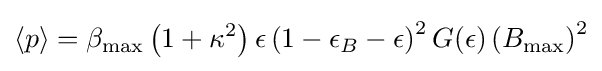
{\langle p\rangle }=\beta _{\text{max}}\left(1+\kappa ^{2}\right)\epsilon \left({1-\epsilon _{B}-\epsilon }\right)^{2}G(\epsilon )\left(B_{\text{max}}\right)^{2}